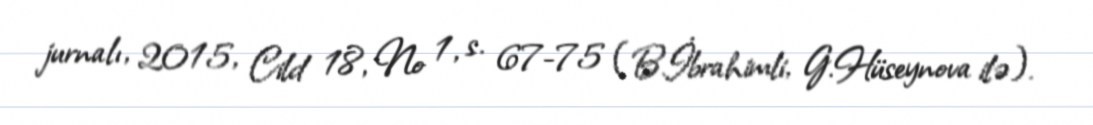
jurnalı, 2015, Cild 18, № 1, s. 67-75 (B.İbrahimli, G.Hüseynova ilə).